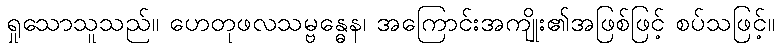
ရှုသောသူသည်။ ဟေတုဖလသမ္ဗန္ဓေန၊ အကြောင်းအကျိုး၏အဖြစ်ဖြင့် စပ်သဖြင့်။